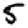
Digit: 5